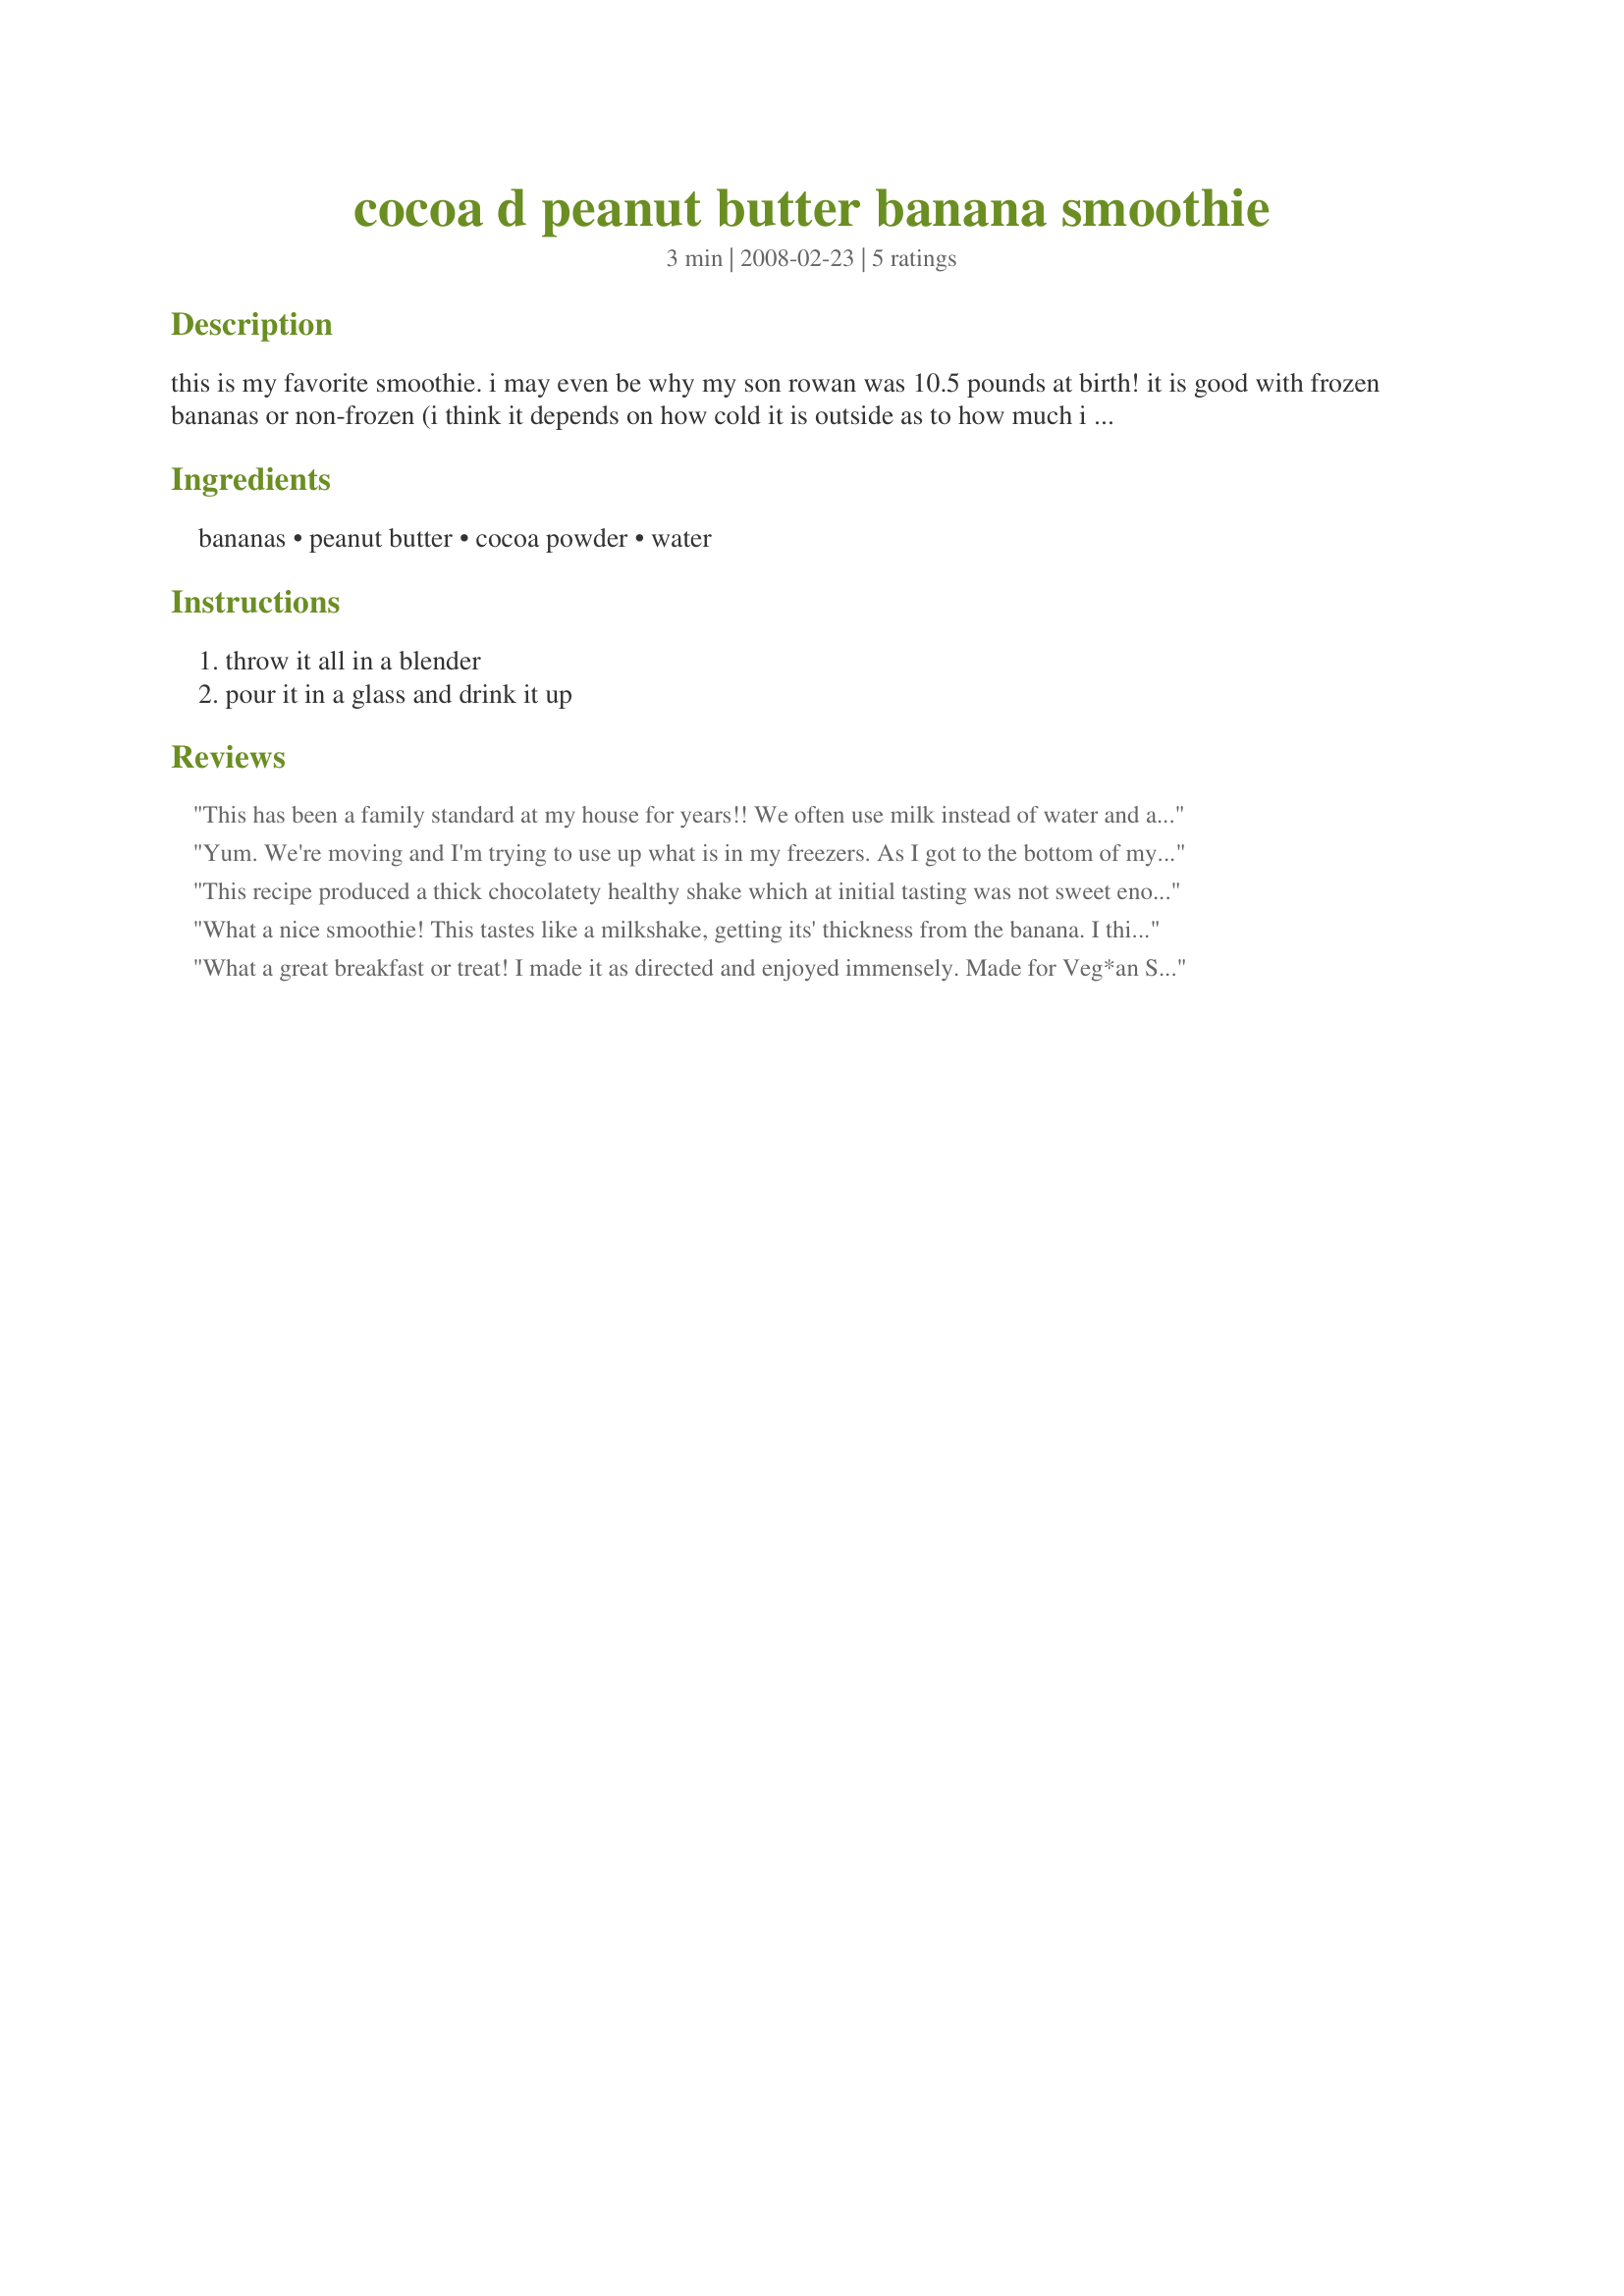
cocoa d peanut butter banana smoothie
Preparation time: 3 minutes

this is my favorite smoothie. i may even be why my son rowan was 10.5 pounds at birth! it is good with frozen bananas or non-frozen (i think it depends on how cold it is outside as to how much i want to risk brain-freeze.) or if you want a frozen treat and didn't prepare your bananas ahead, some crushed ice will do too.

Ingredients:
bananas, peanut butter, cocoa powder, water

Steps:
throw it all in a blender, pour it in a glass and drink it up

Reviews:
This has been a family standard at my house for years!! We often use milk instead of water and add protein powder. Then the growing folks drink it, and the low cal minded ones dilute it to taste!
Yum. We're moving and I'm trying to use up what is in my freezers. As I got to the bottom of my chest freezer I discovered about a gazillion frozen bananas, so I've been trying to use them up! I doubled this and used soy milk instead of water (because it was open and I didn't want it to go to waste). We found it to need a little more chocolate taste, so I added a squeeze of Hershey's syrup. That made it perfect for the kids and I to enjoy. Thanks!
This recipe produced a thick chocolatety healthy shake which at initial tasting was not sweet enough for our tastes, however it may have been due to the fact that our bananas weren't ripe enough. I ended up adding a 1/4 cup of French vanilla non-dairy creamer to it and that worked great. Made for Veg 'N Swap #18.
What a nice smoothie! This tastes like a milkshake, getting its' thickness from the banana. I think it would be perfect for anyone who can't drink milk. Thick and chocolaty- YUM!
What a great breakfast or treat! I made it as directed and enjoyed immensely. Made for Veg*an Swap, January 2010
